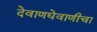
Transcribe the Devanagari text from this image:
देवाणघेवाणीचा